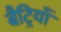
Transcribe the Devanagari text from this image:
बैट्रियाँ